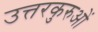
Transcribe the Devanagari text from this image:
उत्तरकुरुओं